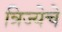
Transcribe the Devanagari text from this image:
त्रिज्येचे